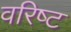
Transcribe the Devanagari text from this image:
वरिष्‍ट